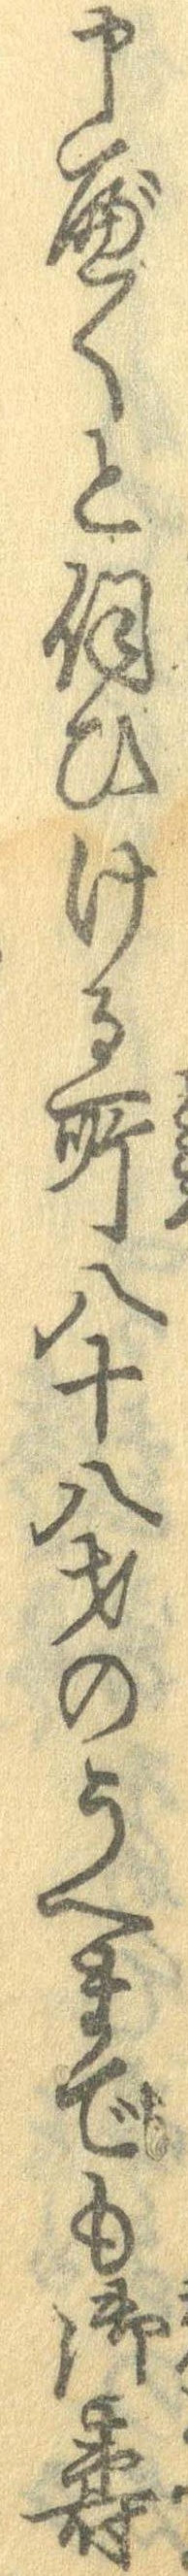
申べくと伺ひける所八十八才のうへまでも御寿